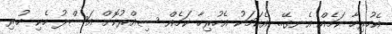
އެހުރިހާ ކަމެއް އެނގޭ.. އެކަމަކު އެހުރިހާ ކަމެއް ސިއްރުކޮށް އަސްލު ހެކި ހުރި